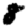
Digit: 8